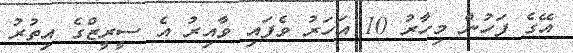
އޭގެ ފަހުން މިހާރު 10 އަހަރު ވެފައި ވާއިރު އެ ސީރީޒްގެ އިތުރު